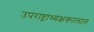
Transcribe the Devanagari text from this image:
उपराष्ट्राध्यक्षकालात